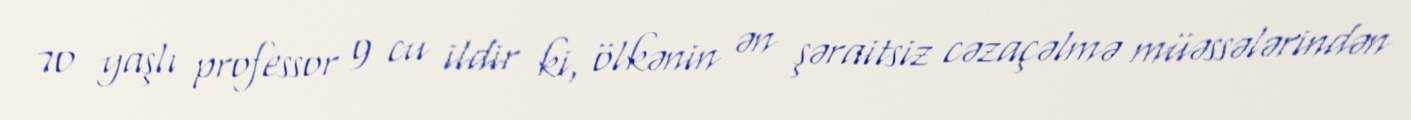
70 yaşlı professor 9 cu ildir ki, ölkənin ən şəraitsiz cəzaçəlmə müəssələrindən